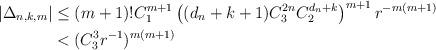
LaTeX: \begin{align*}\vert \Delta_{n,k,m}\vert&\leq (m+1)!C_1^{m+1}\left((d_n+k+1)C_3^{2n}C_2^{d_n+k}\right)^{m+1}r^{-m(m+1)}\\&< (C_3^3r^{-1})^{m(m+1)}\end{align*}